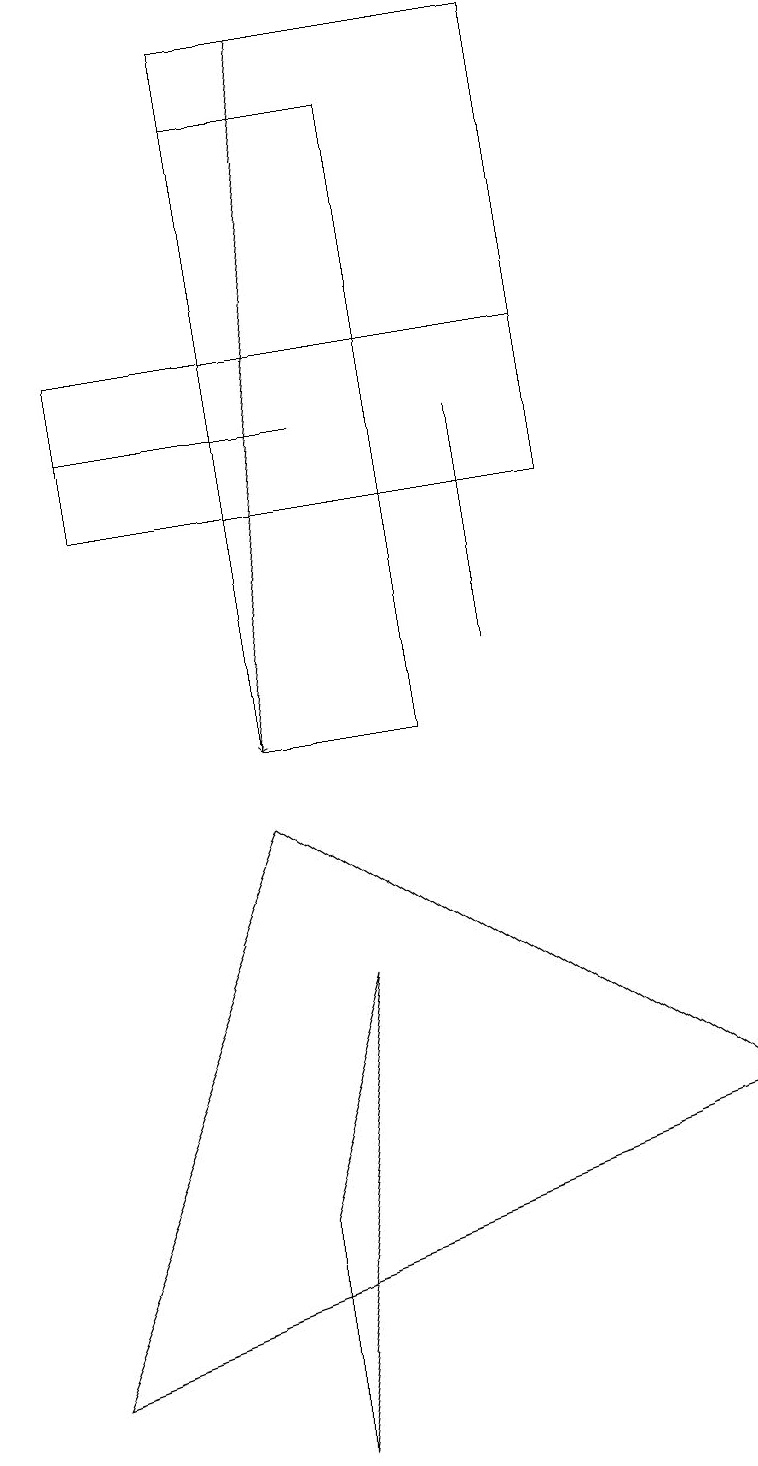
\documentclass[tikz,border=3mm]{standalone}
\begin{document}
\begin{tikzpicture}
\draw (1,14) rectangle (4,14);
\draw (3,18) rectangle (5,10);
\draw (3,4) -- (4,7) -- (3,1) -- cycle;
\draw (7,13) rectangle (3,19);
\draw (1,13) rectangle (7,15);
\draw (3,9) -- (9,5) -- (0,2) -- cycle;
\draw (6,14) rectangle (6,11);
\draw[->] (4,19) -- (3,10);
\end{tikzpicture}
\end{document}